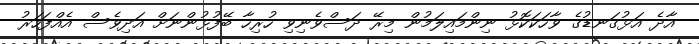
އާދެ އަޅުގަނޑުގެ ވާހަކަކޮޅު ނިންމައިލަމުން މިރޭ ދަސްވެނިވި ހުރިހާ ބޭފުޅުންނަށް އަދިވެސް އެއްފަހަރު